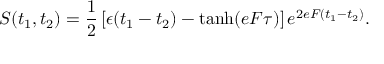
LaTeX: S ( t _ { 1 } , t _ { 2 } ) = \frac { 1 } { 2 } \left[ \epsilon ( t _ { 1 } - t _ { 2 } ) - \operatorname { t a n h } ( e F \tau ) \right] e ^ { 2 e F ( t _ { 1 } - t _ { 2 } ) } .